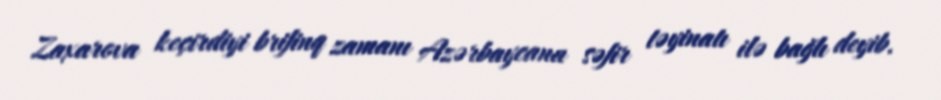
Zaxarova keçirdiyi brifinq zamanı Azərbaycana səfir təyinatı ilə bağlı deyib.